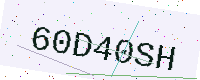
Text: 60D40SH